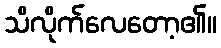
သိလိုက်လေတော့၏။